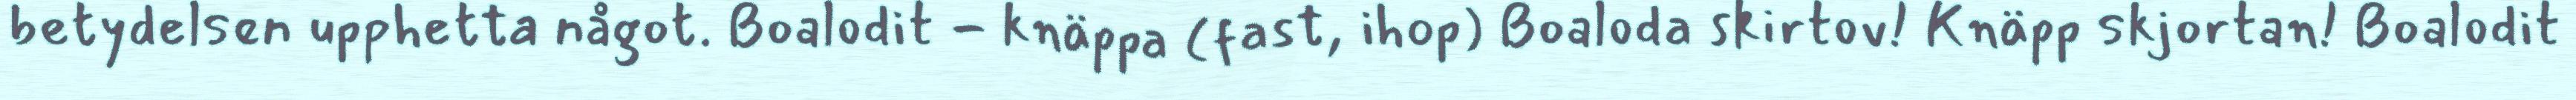
betydelsen upphetta något. Boalodit - knäppa (fast, ihop) Boaloda skirtov! Knäpp skjortan! Boalodit